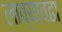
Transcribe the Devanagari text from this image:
लाव्यावढा